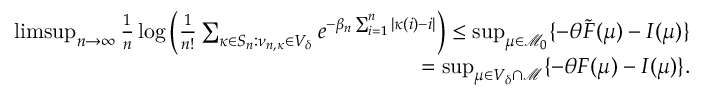
\begin{array} { r l r } & { } & { \operatorname* { l i m s u p } _ { n \rightarrow \infty } \frac { 1 } { n } \log \Big ( \frac { 1 } { n ! } \sum _ { \kappa \in S _ { n } : \nu _ { n , \kappa } \in V _ { \delta } } e ^ { - \beta _ { n } \sum _ { i = 1 } ^ { n } | \kappa ( i ) - i | } \Big ) \leq \operatorname* { s u p } _ { \mu \in \mathcal { M } _ { 0 } } \{ - \theta \tilde { F } ( \mu ) - I ( \mu ) \} } \\ & { } & { = \operatorname* { s u p } _ { \mu \in V _ { \delta } \cap \mathcal { M } } \{ - \theta F ( \mu ) - I ( \mu ) \} . } \end{array}